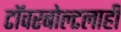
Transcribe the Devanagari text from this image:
टॉवरबोल्टलाही